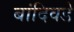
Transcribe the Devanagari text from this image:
बांदिवडे